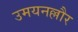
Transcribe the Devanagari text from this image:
उमयनल्लौर